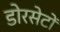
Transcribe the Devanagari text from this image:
डोरसेटों